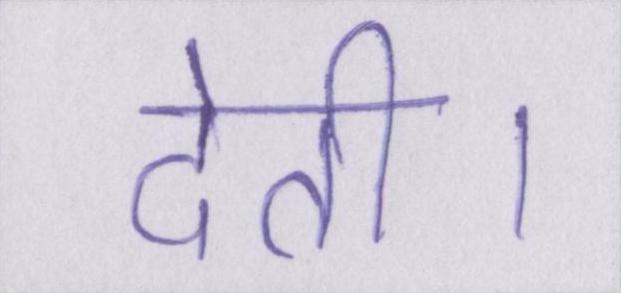
देती।